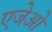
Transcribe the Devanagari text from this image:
एजेओ